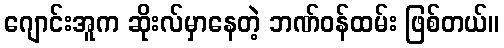
ဂျောင်းအူက ဆိုးလ်မှာနေတဲ့ ဘဏ်ဝန်ထမ်း ဖြစ်တယ်။